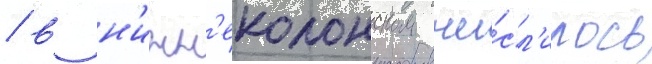
/ в н'ижн'еколонском чи́сл'илось